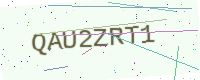
Text: QAU2ZRT1